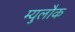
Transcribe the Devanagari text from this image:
म्युलौक